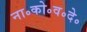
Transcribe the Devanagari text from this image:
ना॰को॰व॰दे॰